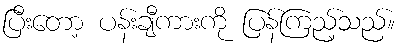
ပြီးတော့ ပန်းချီကားကို ပြန်ကြည့်သည်။